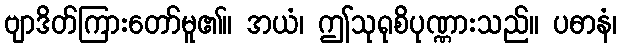
ဗျာဒိတ်ကြားတော်မူ၏။ အယံ၊ ဤသုရုစိပုဏ္ဏားသည်။ ပဓာနံ၊